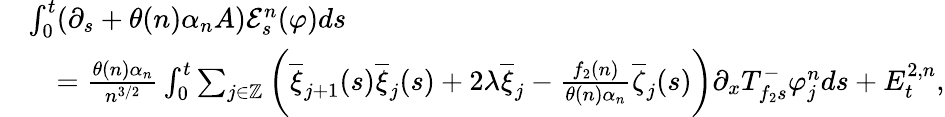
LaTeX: \begin{array}{rl}&{\int_{0}^{t}(\partial_{s}+\theta(n)\alpha_{n}A)\mathcal{E}_{s}^{n}(\varphi)ds}\\ &{\quad=\frac{\theta(n)\alpha_{n}}{n^{3/2}}\int_{0}^{t}\sum_{j\in\mathbb{Z}}\bigg(\overline{{\xi}}_{j+1}(s)\overline{{\xi}}_{j}(s)+2\lambda\overline{{\xi}}_{j}-\frac{f_{2}(n)}{\theta(n)\alpha_{n}}\overline{{\zeta}}_{j}(s)\bigg)\partial_{x}T_{f_{2}s}^{-}\varphi_{j}^{n}ds+E_{t}^{2,n},}\end{array}